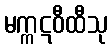
မက္ကဋဝီထီသု